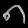
Digit: ၈